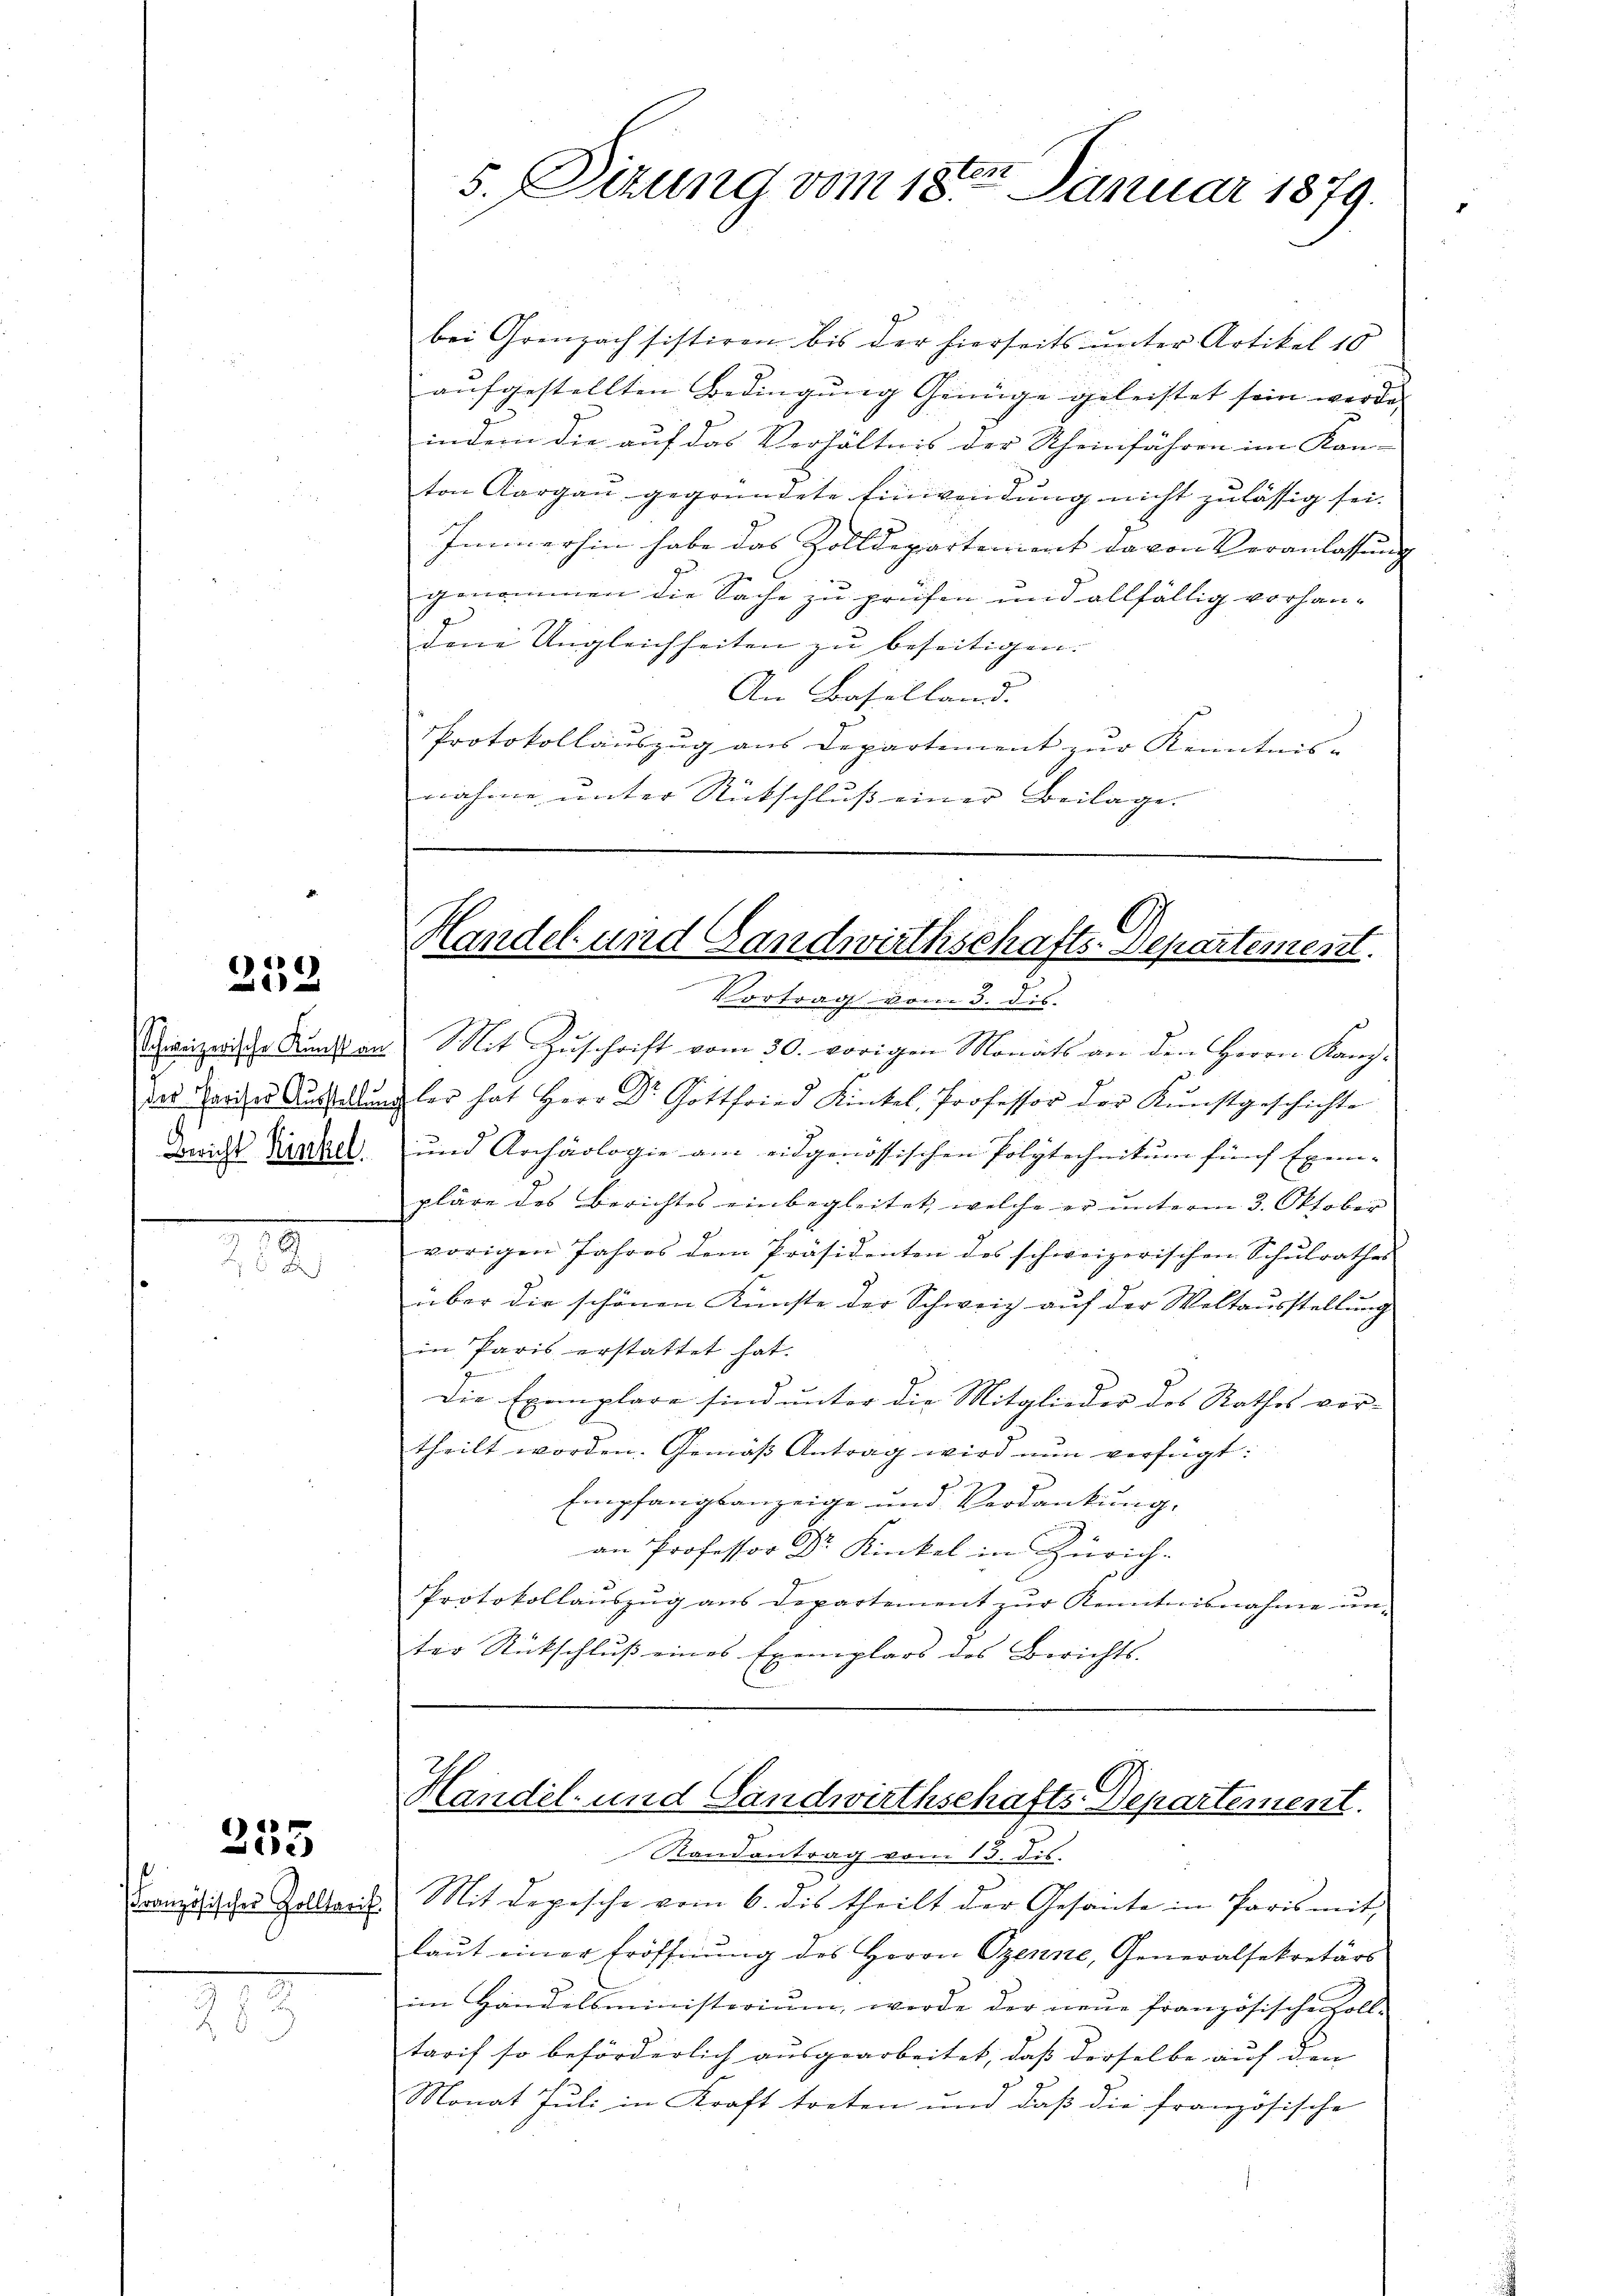
2

e
252

M

255

Französisches Zolltarif

5. izung vom 18ten Januar 1879.

bei Grenzach sistiren bis der hierseits unter Artikel 10
aufgestellten Bedingung Genüge geleistet sein werde. |
indem die auf das Verhältnis der Scheinführen im Kan-
ton Aargau gegründete Einwendung nicht zulässig sei.
Immerhin habe das Zolldepartement davon Veranlassung
genommen die Sache zu prüfen und allfällig vorhan-
Done Ungleichheiten zu beseitigen.
An Baselland.
Protokollauszug aus Departement zur Kenntnis- |
nahme unter Rückschluss einer Beilage.

Vortrag vom 3. ds.
Schweizerische Kunsten Mit Zŭschrift vom 30. vorigen Monats an den Herrn Kanz-
g
das Garte Aŭsstellungler hat Herr Dr. Gottfried Kinkel, Professor der Kunstgeschichte
Bricht Saal und Archäologie am eidgenössischen Polytechnikum fürs Exem-
pläre des Berichtes einbegleitet, welche er unterm 3. Oktober
vorigen Jahres dem Präsidenten des schweizerischen Schulrathes
über die schönen Künste der Schweiz auf der Weltausstellung
in Paris erstattet hat.
Die Exemplare sind unter die Mitglieder des Rathes vor-
theilt worden. Gemäß Antrag wird nun verfügt:
Empfangsanzeige und Verdankung.
an Professor Dr Kinkel in Zürich-
Protokollauszug aus Departement zur Kenntnisnahme unter Rutschluß eines Exemplars des Berichts-

Handel und Gandwirthschafts-Departement.
e

Randantrag vom 13. dis.
Mit Depesche vom 6. dis theilt der Gesante in Paris mit
laut einer Eröffnung des Herrn Szenne, Generalsekretärs
im Handelsministerium, werde der neŭe französischen Zoll-
tarif so beförderlich ausgearbeitet, daß derselbe auf den
Monat Juli in Kraft treten und daß die französische

Handel- und Landwirthschafts-Departement.